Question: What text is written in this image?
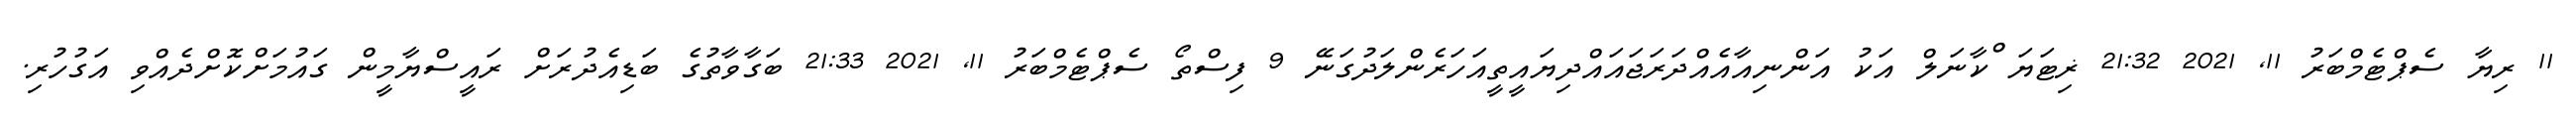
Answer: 11 ރިޔާ ސެޕްޓެމްބަރު 11, 2021 21:32 ޜިޓަޔަޱްކާނަލް އަކު އަންނިއާއެއްދަރަޖައައްދިޔައީތީއަހަރެންލަދުގަނޭ 9 ފިސްތޯ ސެޕްޓެމްބަރު 11, 2021 21:33 ބަގާވާތުގެ ބަޑިއެދުރަށް ރައީސްޔާމީން ގައުމަށްކޮށްދެއްވި އަގުހުރި.